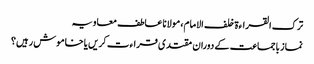
ترک القراءۃ خلف الامام، مولانا عاطف معاویہ
نماز باجماعت کے دوران مقتدی قراءت کریں یا خاموش رہیں؟